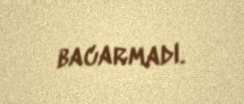
bacarmadı.